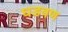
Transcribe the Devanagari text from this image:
घडवण